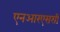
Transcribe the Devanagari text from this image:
एनआरएससी